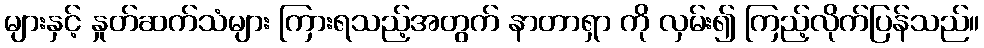
များနှင့် နှုတ်ဆက်သံများ ကြားရသည့်အတွက် နာတာရှာ ကို လှမ်း၍ ကြည့်လိုက်ပြန်သည်။